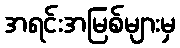
အရင်းအမြစ်များမှ